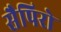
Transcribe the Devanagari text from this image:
सैपिरो